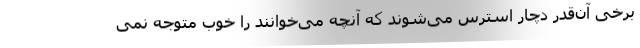
برخی آن‌قدر دچار استرس می‌شوند که آنچه می‌خوانند را خوب متوجه نمی